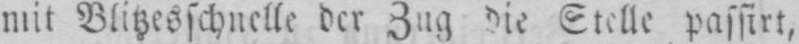
mit Blitzesschnelle der Zug die Stelle passirt,